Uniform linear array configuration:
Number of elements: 64
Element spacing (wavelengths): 0.5
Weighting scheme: uniform
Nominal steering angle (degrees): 30
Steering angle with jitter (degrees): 28.264
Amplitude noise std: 0.05
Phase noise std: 0.05

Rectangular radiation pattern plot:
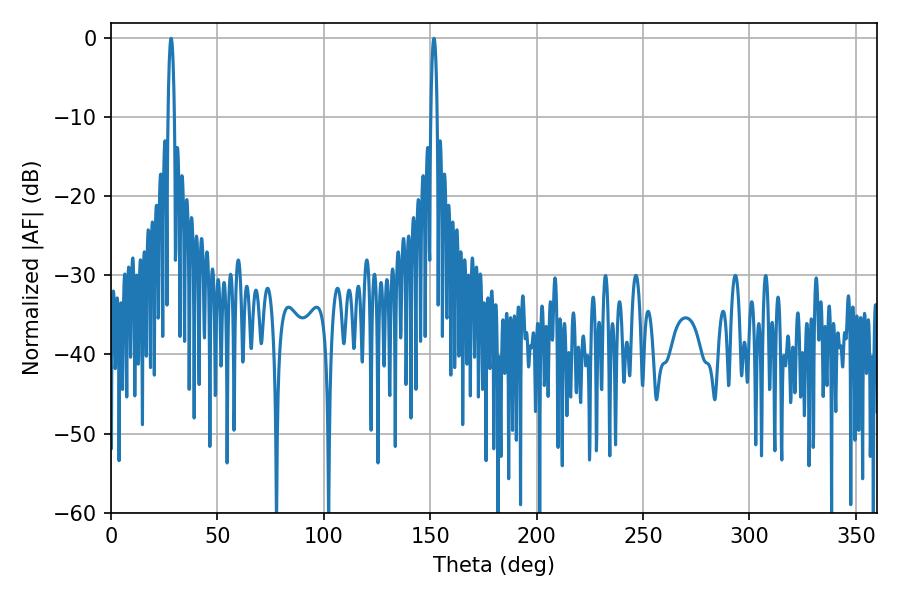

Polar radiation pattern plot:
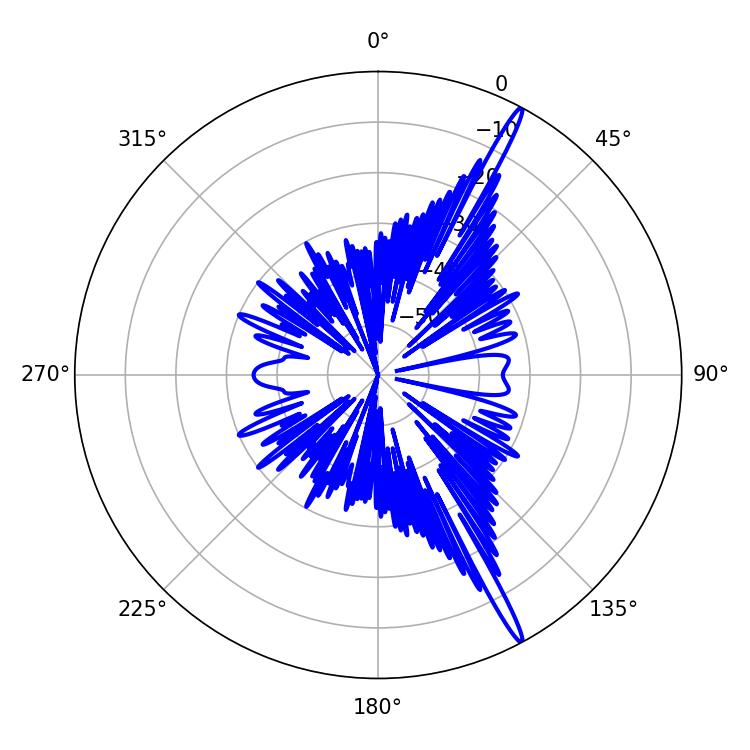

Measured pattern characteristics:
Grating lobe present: FALSE
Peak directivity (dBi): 17.757
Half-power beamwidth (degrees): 1.62
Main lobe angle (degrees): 28.26